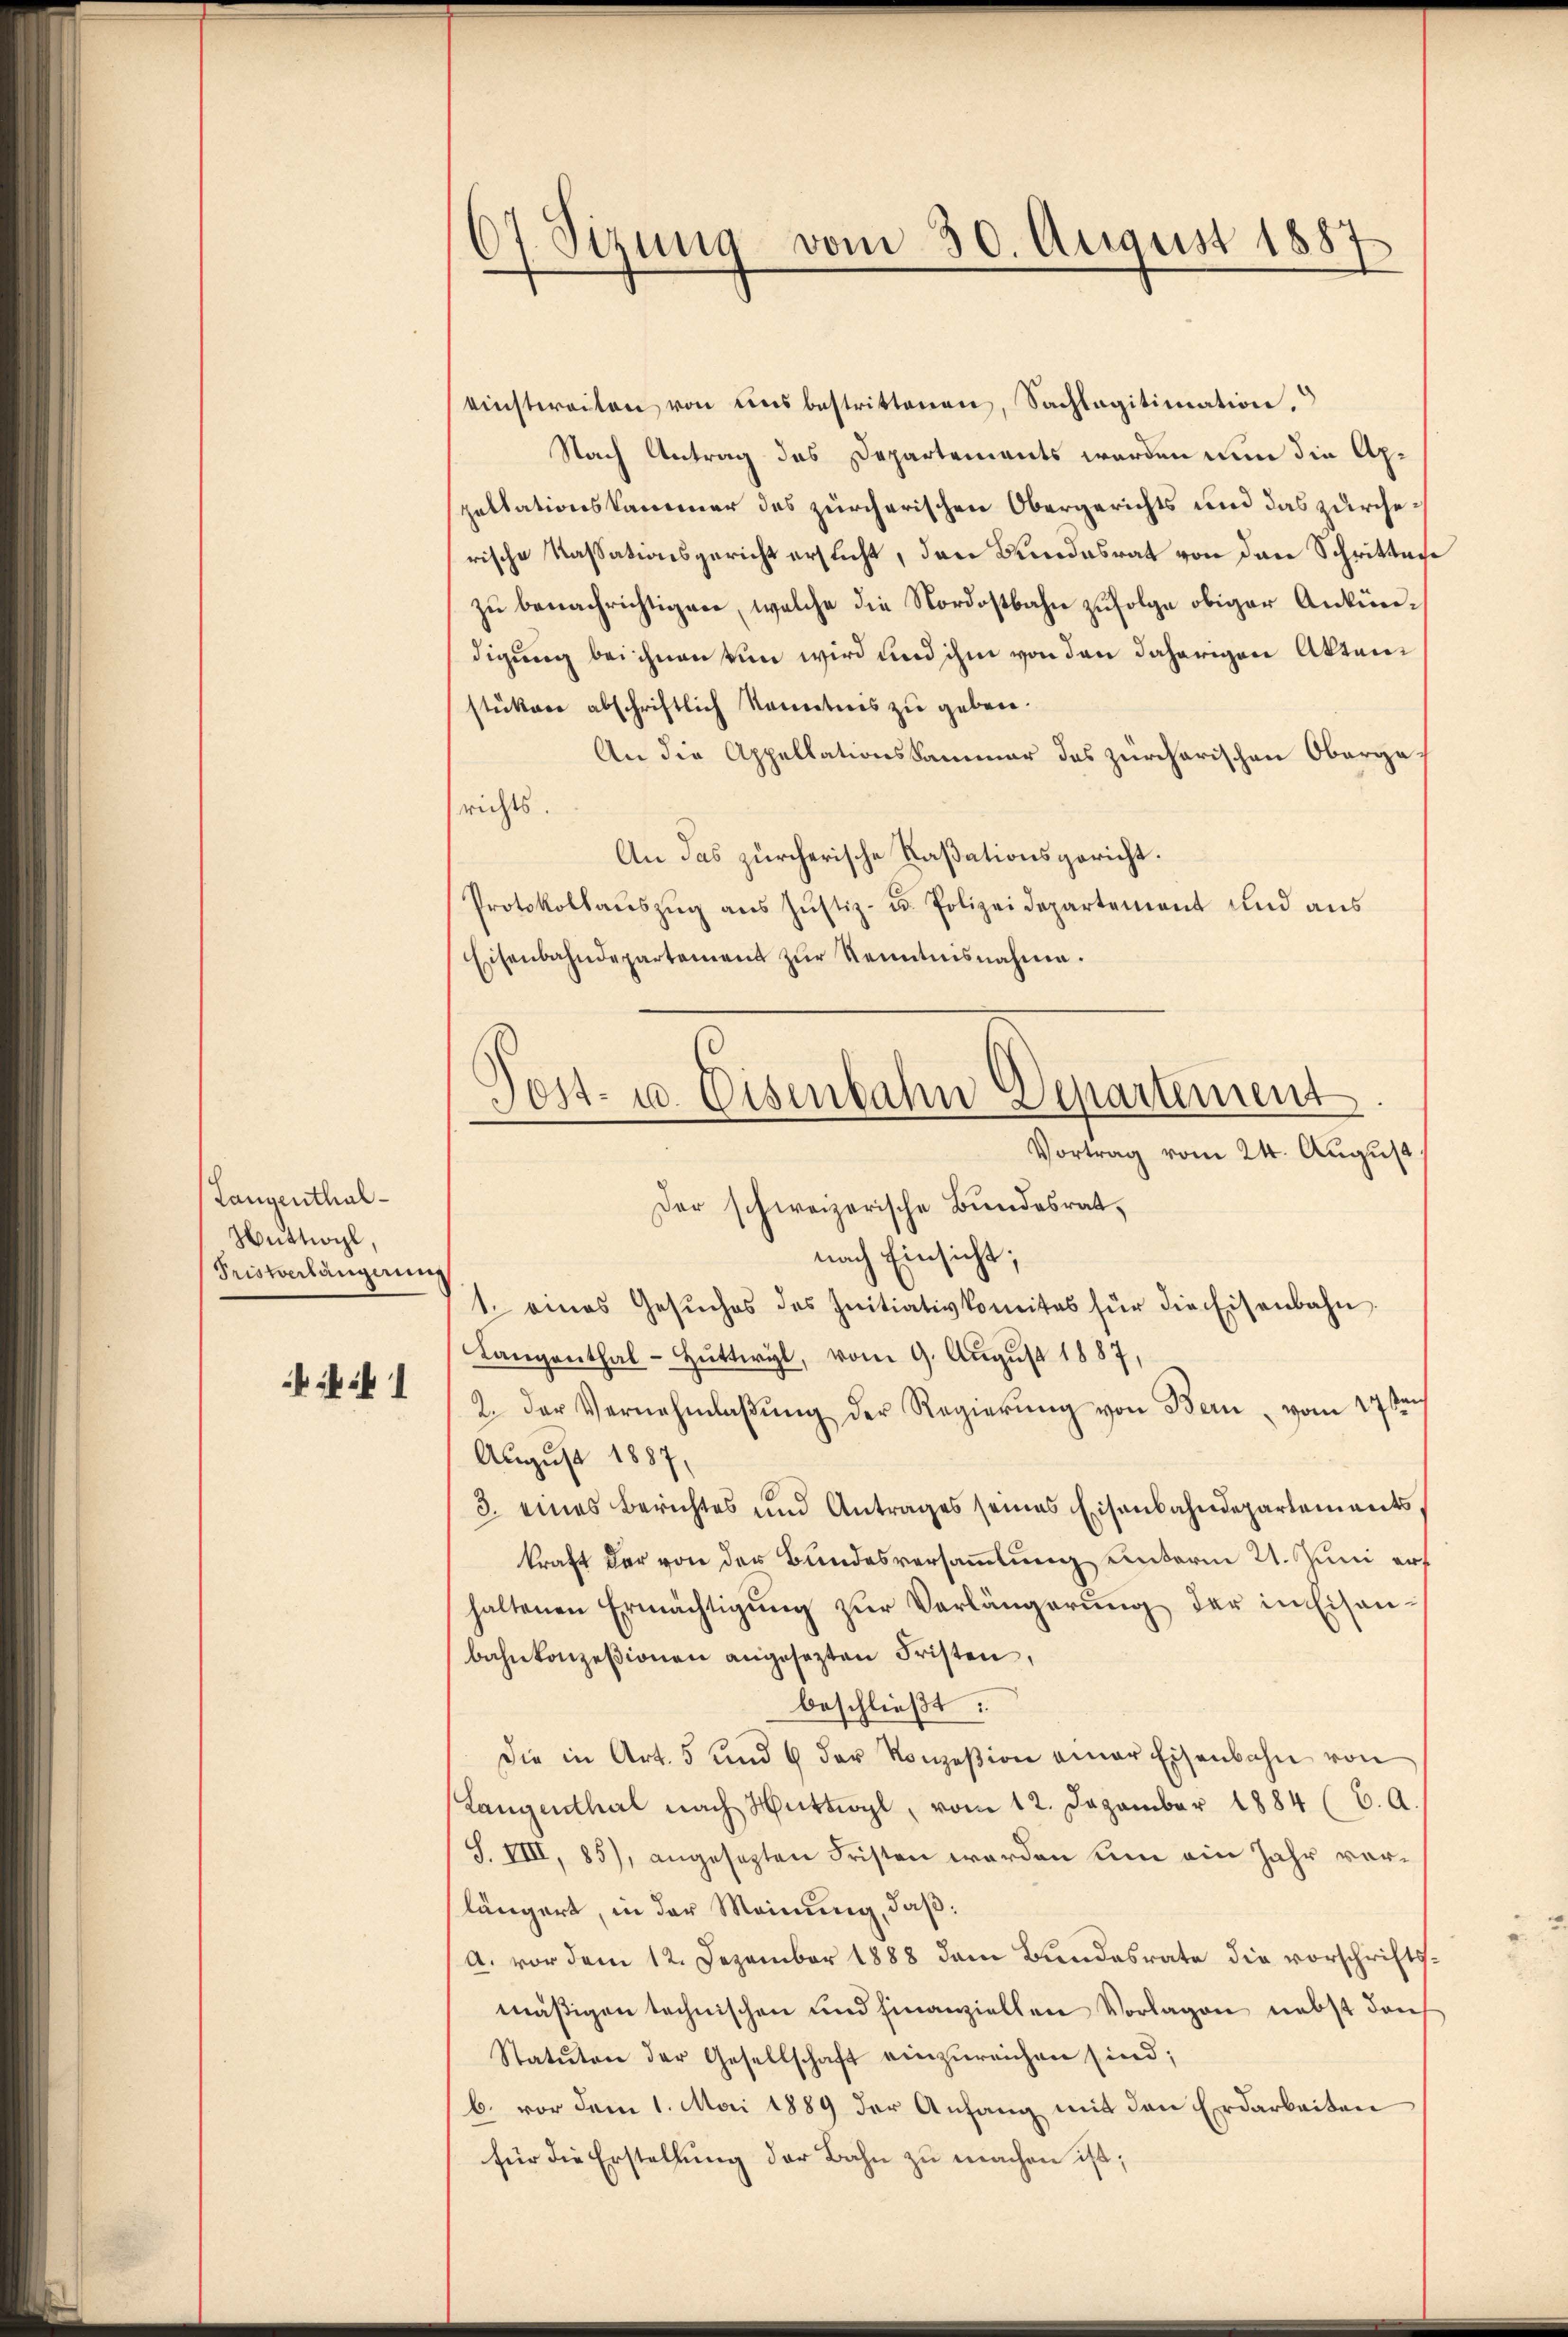
Langenthal¬
Huttwyl
Pristverlängerung

67 Sizung vom 30. August 1887

einstereiten von uns bestrittenen, Sachlagitimation.
Nach Antrag des Departements werden nun die Appellationskammer des zürcherischen Obergerichts und das zürcherische Kassationsgericht ersicht, den Bundesrat von den Schritten
zu benachrichtigen, welche die Nordostbahn zufolge obiger Ankündigung bei ihnen von wird und ihm von den daherigen Aktenstüken abschriftlich kenntnis zu geben.
An die Appellationskammer des zürcherischen Oberga-
richts.
An das zürcherische Paßationsgericht.
Protokollaŭszŭg aŭs Jŭstiz- u. Polizeidepartement und aus
Eisenbahndepartement zŭr Kenntnisnahme.
Der schweizerische Bundesrat,
nach Einsicht;
1. eines Gesŭches des Initiativkomites für die Eisenbahn.
Langenthal- Hŭttwyl, vom 9. Aŭgŭst 1887,
2. Der Vernehmlaβŭng der Regierŭng von Bern, vom 27sten
August 1887,
3. eines Berichtes und Antrages seines Eisenbahndepartements,
kraft der von der Bundesversammlung unterm 21. Juni erf
haltenen Ermächtigŭng zŭr Verlängerung der in Eisanbahnkonzessionen angesezten Fristen,
beschließt:
die in Art. 5 und 6 der Konzesion einer Eisenbahn von
Langenthal nach Hüttwyl, vom 12. Dezember 1884 (C. A.
S. VIII, 85), angesezten Fristen worden um ein Jahr vorlängert, in der Meinung, daß:
a. vor dem 12. Dezember 1888 dem Bundesrate die vorschriftsmäßigen technischen und finanziellen Vorlagen nebst den
Statuten der Gesellschaft einzŭreichen sind;
b. vor dem 1. Mai 1889 der Anfang mit den Erdarbeiten
für die Erstellung der Bahn zu machen ist;

Post- u. Eisenbahn Departement.
Vortrag vom 24. August